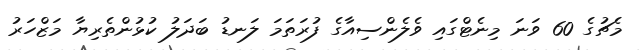
މެޗުގެ 60 ވަނަ މިނެޓްގައި ވެލެންސިއާގެ ފުރަތަމަ ލަނޑު ބަދަލު ކުޅުންތެރިޔާ މަޒްހަރު